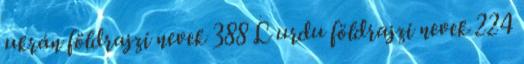
ukrán földrajzi nevek‎ 388 L urdu földrajzi nevek‎ 224